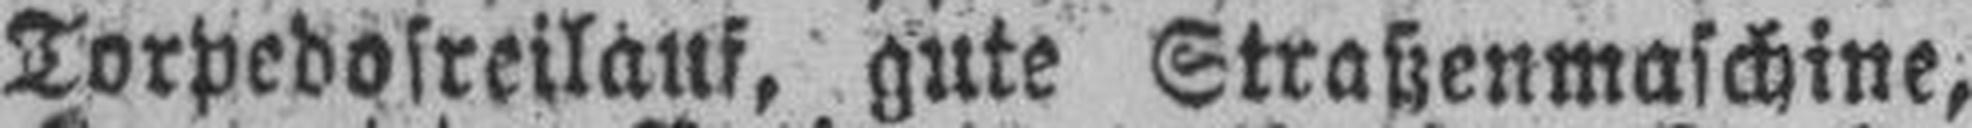
Torpedofreilauf, gute Straßenmaschine,